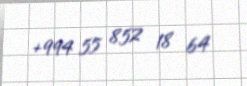
+994 55 852 18 64